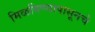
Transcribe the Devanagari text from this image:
मिळविण्यापासूनचे